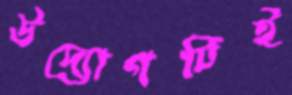
উদ্যোগটিই